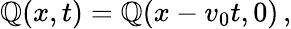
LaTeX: \mathbb{Q}(x,t)=\mathbb{Q}(x-v_{0}t,0)\, ,